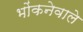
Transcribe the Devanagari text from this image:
भोंकनेवाले